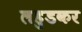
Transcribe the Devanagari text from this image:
लहुडकर